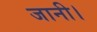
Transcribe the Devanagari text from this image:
जानी।